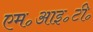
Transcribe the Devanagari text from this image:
एम॰आइ॰टी॰